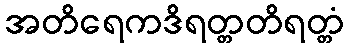
အတိရေကဒိရတ္တတိရတ္တံ